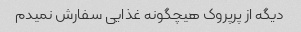
دیگه از پرپروک هیچگونه غذایی سفارش نمیدم